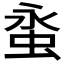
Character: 𧊯